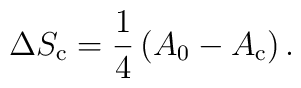
\Delta S_{\rm c} = \frac{1}{4} \left( A_0-A_{\rm c} \right).